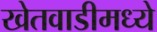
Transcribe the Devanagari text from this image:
खेतवाडीमध्ये